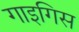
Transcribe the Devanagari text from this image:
गाइगिस